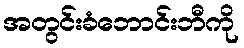
အတွင်းခံဘောင်းဘီကို